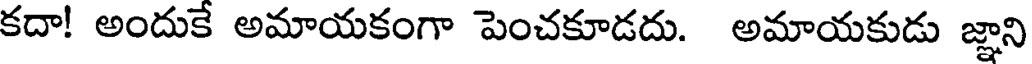
కదా! అందుకే అమాయకంగా పెంచకూడదు. అమాయకుడు జ్ఞాని